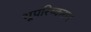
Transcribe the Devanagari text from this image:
भूपरिष्करण